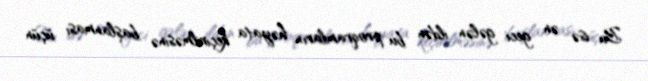
Bu isə ən geci gələn ildən bu proqramların həyata keçirilməsinə başlanması üçün